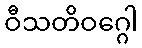
ဝီသတိဝဂ္ဂေါ